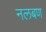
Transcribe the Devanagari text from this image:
नलबण